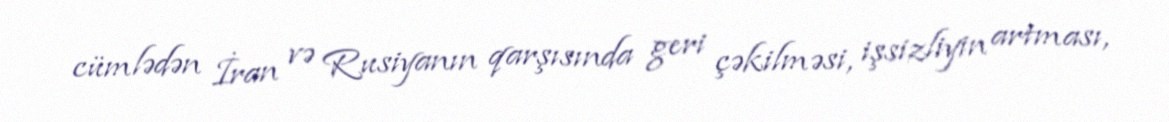
cümlədən İran və Rusiyanın qarşısında geri çəkilməsi, işsizliyin artması,